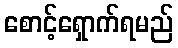
စောင့်ရှောက်ရမည်